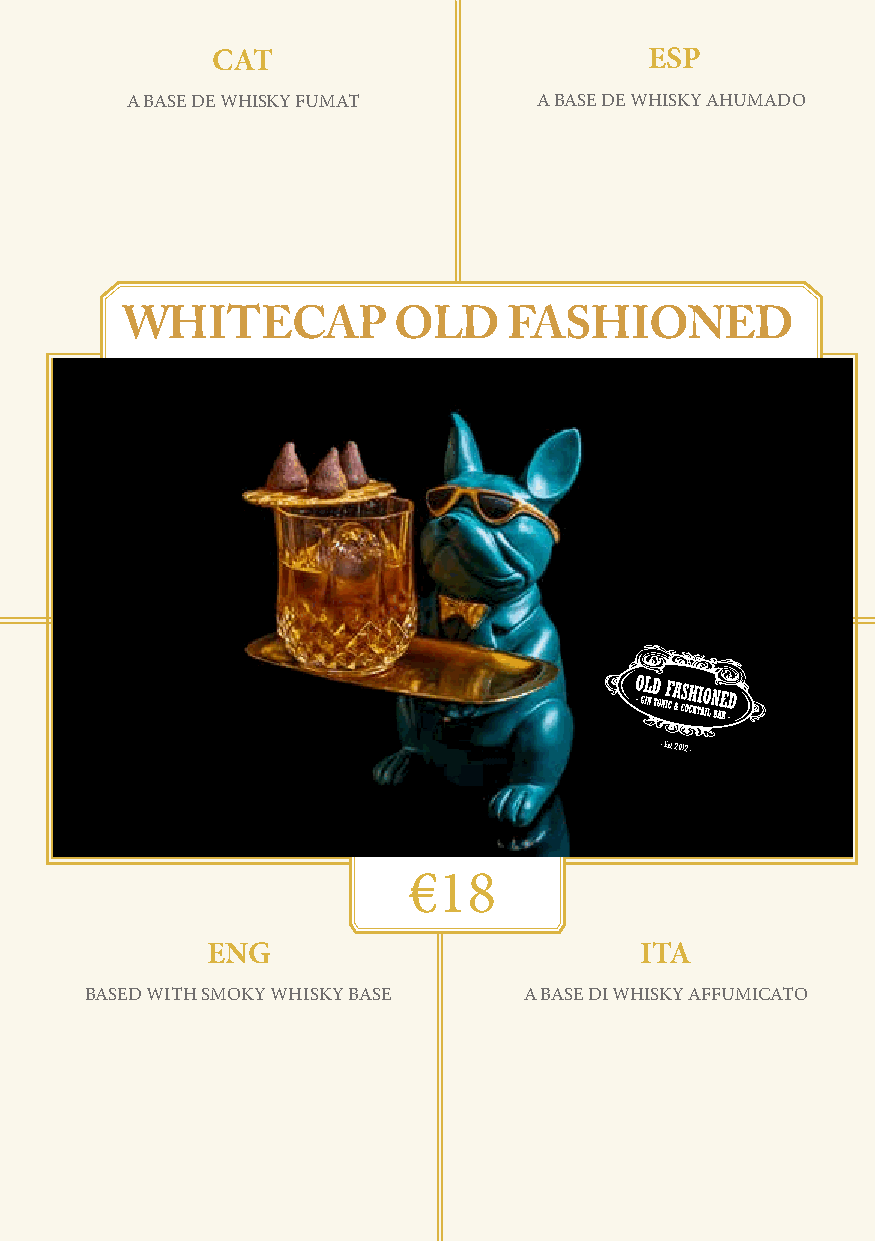
CAT                          ESP
 A BASE DE WHISKY FUMAT      A BASE DE WHISKY AHUMADO
 WHITECAP          OLD     FASHIONED
 - Est. 2012 -
 €18
 ENG                         ITA
 BASED WITH SMOKY WHISKY BASE A BASE DI WHISKY AFFUMICATO